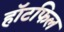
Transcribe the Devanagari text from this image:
हॉटफिल